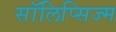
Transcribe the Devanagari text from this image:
सॉलिप्सिज्म